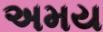
અમય